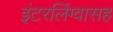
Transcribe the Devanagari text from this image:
इंटरलिंग्वासह